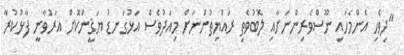
"ދިވެހި އެންމެހައި ނޫސްވެރިންނަށާއި ލޮބުވެތި ރައްޔިތުންނަށް މިއަދުވެސް އަޅުގަނޑު ޔަޤީންކޮށް އަރުވާނީ ފާޅުކުރާ